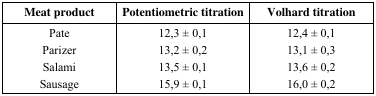
| Meat product | Potentiometric titration | Volhard titration |
 | --- | --- | --- |
 | Pate | 12,3 ± 0,1 | 12,4 ± 0,1 |
 | Parizer | 13,2 ± 0,2 | 13,1 ± 0,3 |
 | Salami | 13,5 ± 0,1 | 13,6 ± 0,2 |
 | Sausage | 15,9 ± 0,1 | 16,0 ± 0,2 |